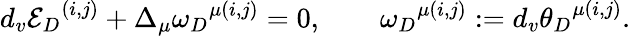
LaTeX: d_{v}{{\cal E}_{D}}^{(i,j)}+\Delta_{\mu}{\omega_{D}}^{\mu(i,j)}=0,\qquad{\omega_{D}}^{\mu(i,j)}:=d_{v}{\theta_{D}}^{\mu(i,j)}.